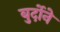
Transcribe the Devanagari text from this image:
बुर्दोने